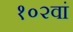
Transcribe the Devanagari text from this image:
१०२वां